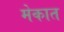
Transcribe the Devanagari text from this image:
मेकात